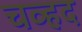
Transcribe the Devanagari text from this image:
चव्हद